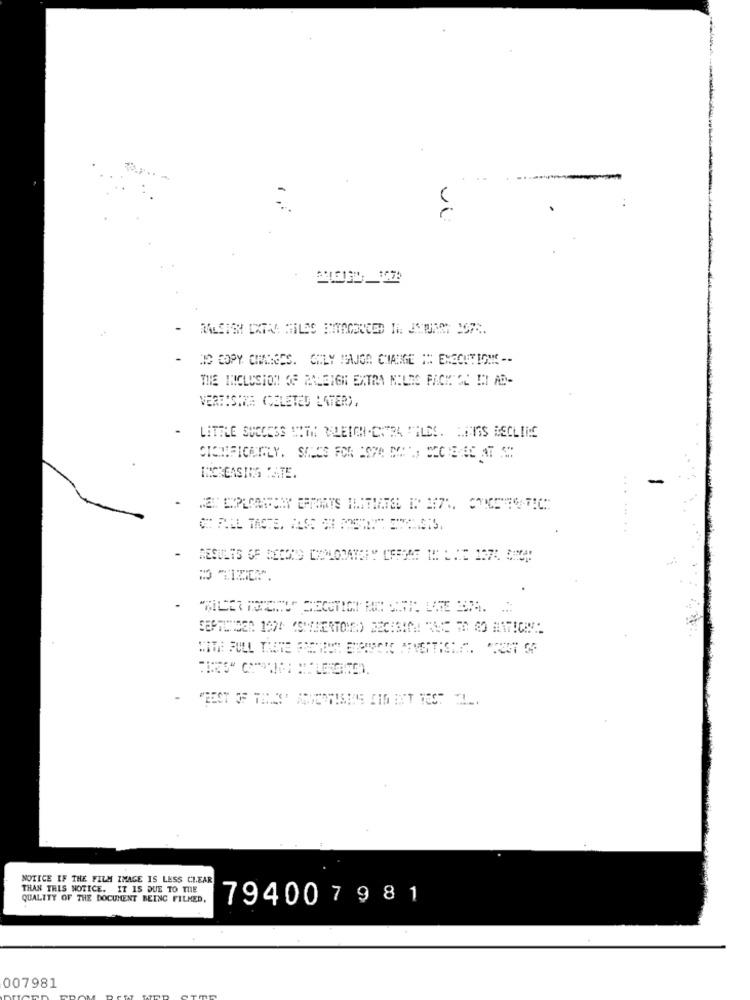
vi
HIC COPY CHANGES. CALY MAJON CHANGE :* EXECUTIONS --
THE INCLUSION OF RALEIGH EXTRA MILES PACK CE II AD-
VEREISIZE (SÉLETED LATER),
LITTLE SUCCESS SITH BLEICH.CHRA FILES. NINGS DECLINE
INCREASING MATE.
NOTICE IF THE FILM IMAGE IS LESS CLEAR
THAN THIS NOTICE. IT IS DUE TO THE
QUALITY OF THE DOCUMENT BEING FILMED.
794007 981
007981